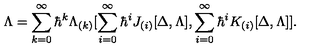
\Lambda = \sum _ { k = 0 } ^ { \infty } \hbar ^ { k } \Lambda _ { ( k ) } [ \sum _ { i = 0 } ^ { \infty } \hbar ^ { i } J _ { ( i ) } [ \Delta , \Lambda ] , \sum _ { i = 0 } ^ { \infty } \hbar ^ { i } K _ { ( i ) } [ \Delta , \Lambda ] ] .